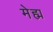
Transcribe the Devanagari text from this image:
मेह्म